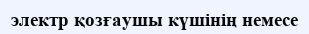
электр қозғаушы күшінің немесе